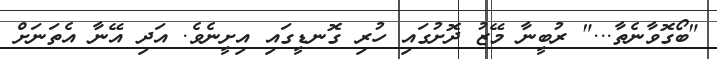
"ބޯގޮވާނެތާ..." ރުބީނާ މޭޒު ދޮށުގައި ހުރި ގޮނޑީގައި އިށީނެވެ. އަދި އޭނާ އެތަނަށް